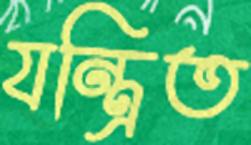
যন্ত্রিত